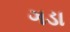
ગડા